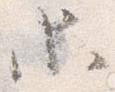
等